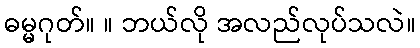
ဓမ္မဂုတ်။ ။ ဘယ်လို အလည်လုပ်သလဲ။